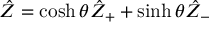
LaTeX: \hat { Z } = \cosh \theta \hat { Z } _ { + } + \sinh \theta \hat { Z } _ { - }